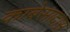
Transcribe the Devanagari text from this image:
काबेसादास